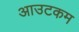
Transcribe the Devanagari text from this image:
आउटकम